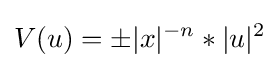
V(u)=\pm |x|^{-n}*|u|^{2}